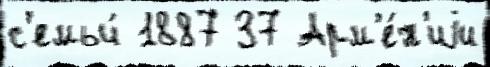
с'емьи́ 1887 37 Арм'е́н'иjи